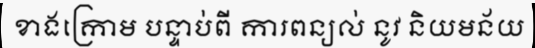
ខាងក្រោម បន្ទាប់ពី ការពន្យល់ នូវ និយមន័យ